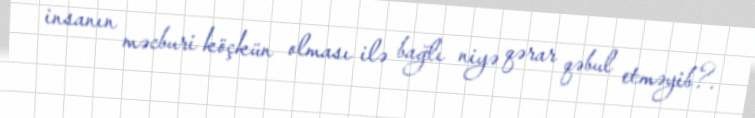
insanın məcburi köçkün olması ilə bağlı niyə qərar qəbul etməyib?.